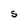
Character: S